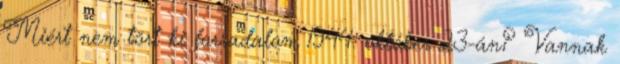
Miért nem tört ki forradalom 1944. október 23-án? Vannak